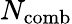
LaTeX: N_{\mathrm{comb}}